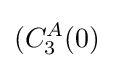
(C_{3}^{A}(0)